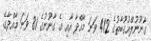
ގާނޫނުލްއުގޫބާތުގެ 412 ވަނަ މާއްދާ އާއި އެ ގާނޫނުގެ 81 ވަނަ މާއްދާގެ